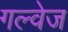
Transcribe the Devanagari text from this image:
गल्वेज